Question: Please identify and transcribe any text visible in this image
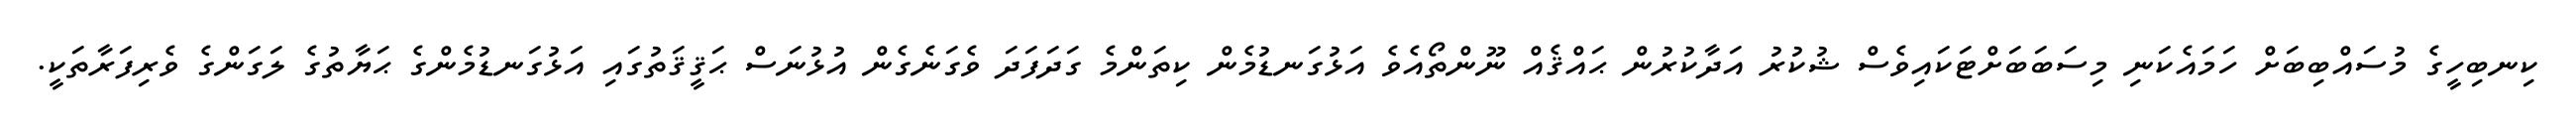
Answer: ކިނބިހީގެ މުސައްބިބަށް ހަމައެކަނި މިސަބަބަށްޓަކައިވެސް ޝުކުރު އަދާކުރުން ޙައްޤެއް ނޫންތޯއެވެ އަޅުގަނޑުމެން ކިތަންމެ ގަދަފަދަ ވެގަނެގެން އުޅުނަސް ޙަޤީޤަތުގައި އަޅުގަނޑުމެންގެ ޙަޔާތުގެ ލަގަންގެ ވެރިފަރާތަކީ.